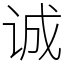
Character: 诚